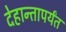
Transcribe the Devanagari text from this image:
देहान्तापर्यंत